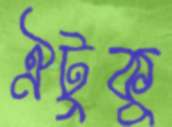
ঐটুকু